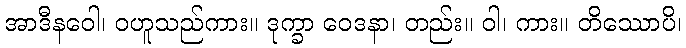
အာဒီနဝေါ၊ ဝဟူသည်ကား။ ဒုက္ခာ ဝေဒနာ၊ တည်း။ ဝါ၊ ကား။ တိဿောပိ၊